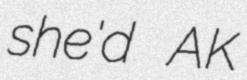
she'd AK